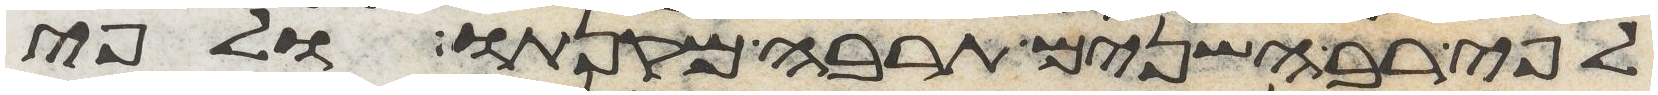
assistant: לפי רב השנים תרבה מקנתו ולפי